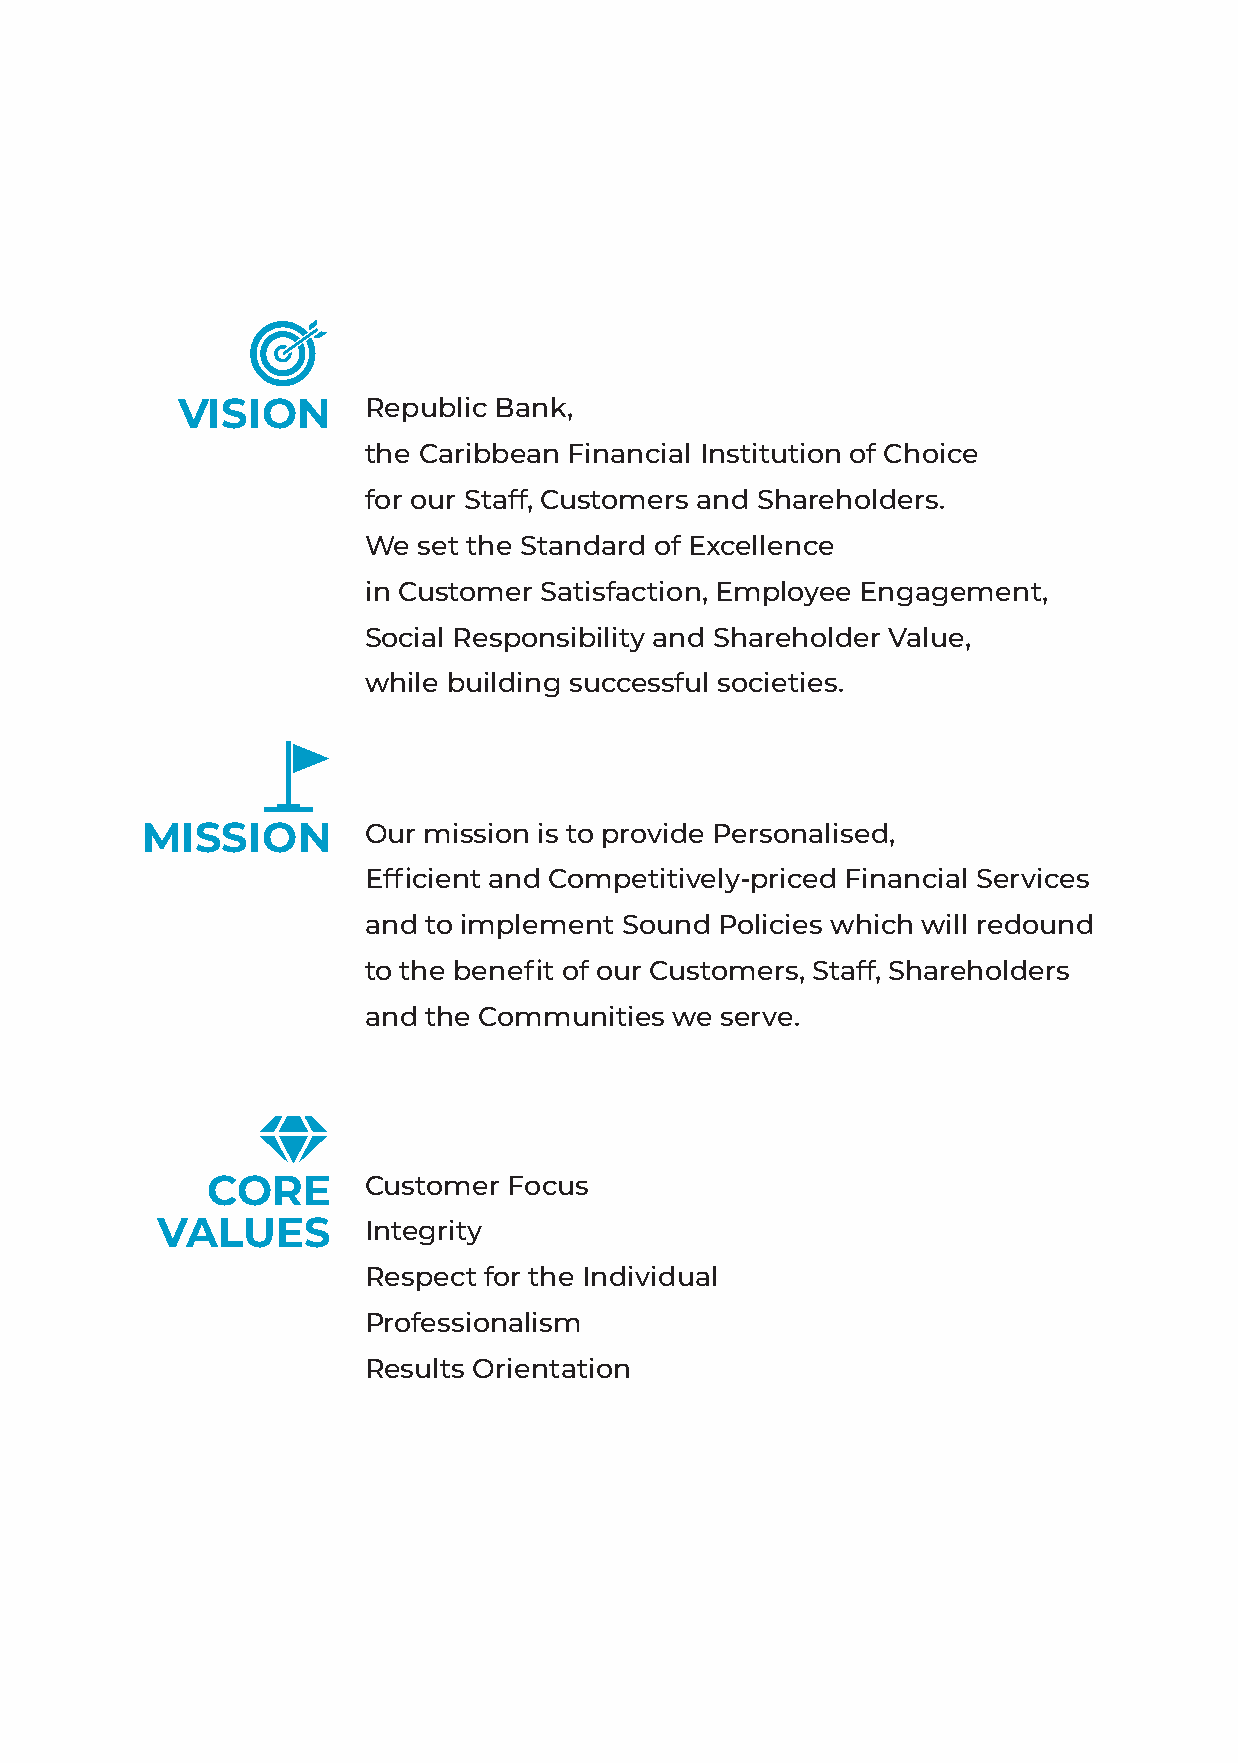
2
 VISION      Republic Bank,
 the Caribbean Financial Institution of Choice
 for our Staff, Customers and Shareholders.
 We  set the Standard of Excellence
 in Customer Satisfaction, Employee Engagement,
 Social Responsibility and Shareholder Value,
 while building successful societies.
 MISSION        Our mission is to provide Personalised,
 Efficient and Competitively-priced Financial Services
 and to implement Sound  Policies which will redound
 to the benefit of our Customers, Staff, Shareholders
 and the Communities  we serve.
 CORE      Customer  Focus
 VALUES        Integrity
 Respect for the Individual
 Professionalism
 Results Orientation